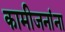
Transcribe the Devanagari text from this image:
कामीजनांना